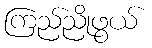
ကြည်ညိုဖွယ်